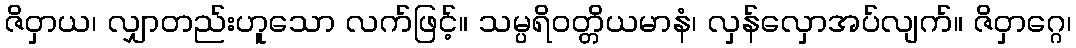
ဇိဝှာယ၊ လျှာတည်းဟူသော လက်ဖြင့်။ သမ္ပရိဝတ္တိယမာနံ၊ လှန်လှောအပ်လျက်။ ဇိဝှာဂ္ဂေ၊